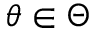
\theta \in \Theta